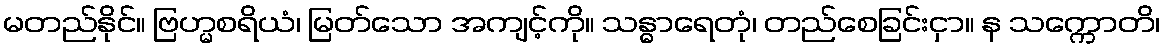
မတည်နိုင်။ ဗြဟ္မစရိယံ၊ မြတ်သော အကျင့်ကို။ သန္ဓာရေတုံ၊ တည်စေခြင်းငှာ။ န သက္ကောတိ၊